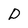
Character: D